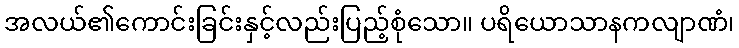
အလယ်၏ကောင်းခြင်းနှင့်လည်းပြည့်စုံသော။ ပရိယောသာနကလျာဏံ၊